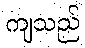
ကျသည်